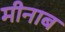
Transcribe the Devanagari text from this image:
मीनाब